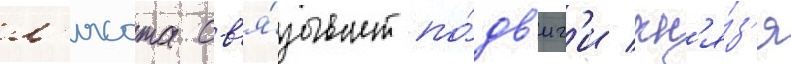
л'ясота св'я́зывает по́дв'иг'и кн'я́з'я